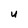
Character: U